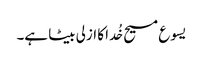
یسوع مسیح خُدا کا ازلی بیٹا ہے۔